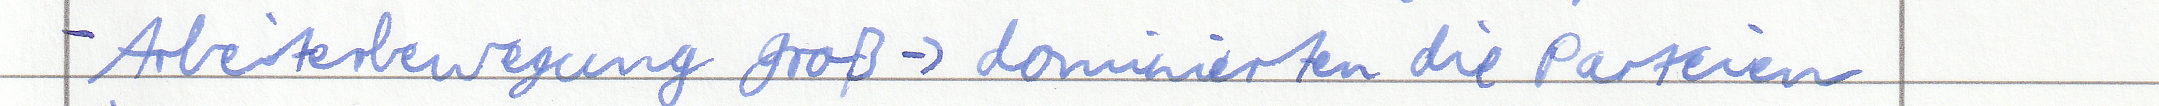
- Arbeiterbewegung groß -> dominierten die Parteien